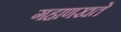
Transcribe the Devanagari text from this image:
गहाणखते